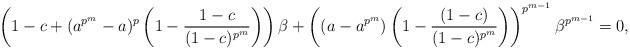
LaTeX: \begin{align*} \left(1-c+(a^{p^m}-a)^p\left(1-\dfrac{1-c}{(1-c)^{p^m}}\right)\right)\beta+\left((a-a^{p^m})\left(1-\dfrac{(1-c)}{(1-c)^{p^m}}\right)\right)^{p^{m-1}}\beta^{p^{m-1}}=0, \end{align*}